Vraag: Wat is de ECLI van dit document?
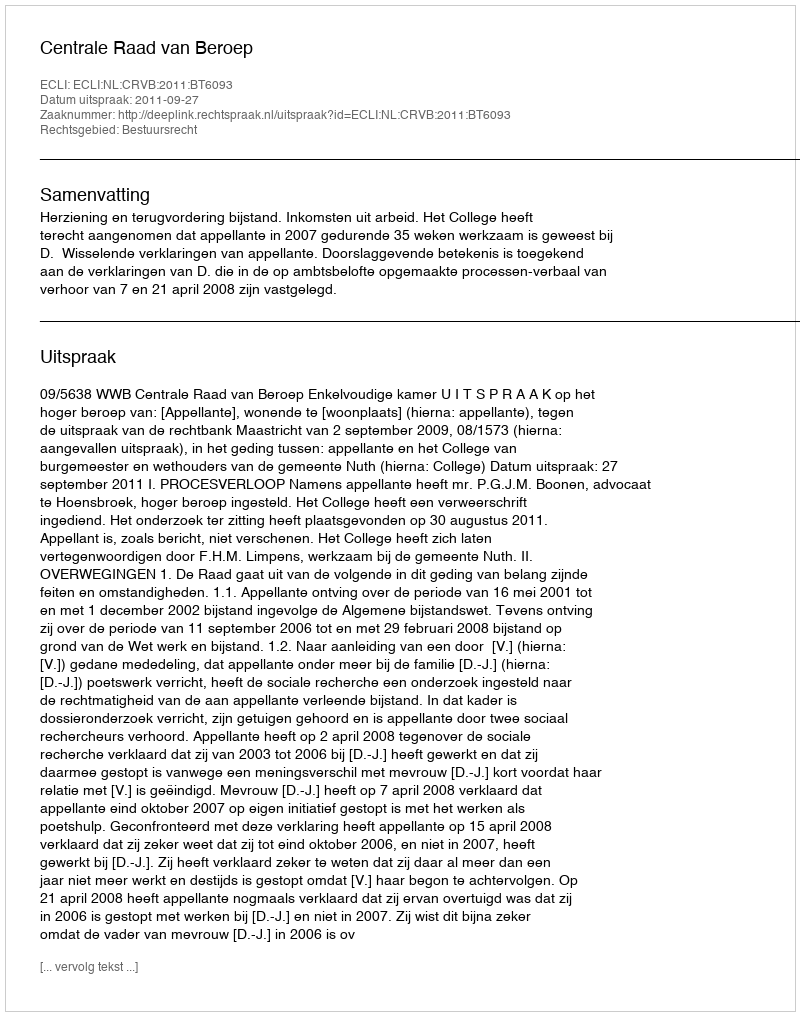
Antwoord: ECLI:NL:CRVB:2011:BT6093